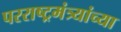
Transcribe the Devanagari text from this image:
परराष्ट्रमंत्र्यांच्या